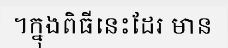
។ក្នុងពិធីនេះដែរ មាន